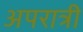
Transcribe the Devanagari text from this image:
अपरात्री